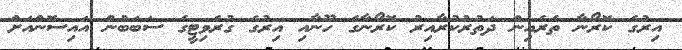
އިރުގެ ކޮރޯނާ ތެރެއިން ދަތުރުކުރާއިރު ކޮރޯނާގެ ހޫނާއި އިރުގެ ގުރެވިޓީގެ ސަބަބުން އައިސޮންއަށް